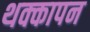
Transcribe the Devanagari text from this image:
थक्कापन